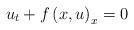
LaTeX: \begin{align*} u_{t}+f\left(x,u\right)_{x}=0\end{align*}